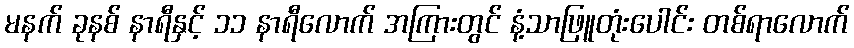
မနက် ခုနစ် နာရီနှင့် ၁၁ နာရီလောက် အကြားတွင် နံ့သာဖြူတုံးပေါင်း တစ်ရာလောက်